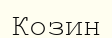
Козин